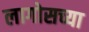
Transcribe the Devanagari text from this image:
लागोसच्या